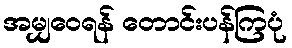
အမျှဝေရန် တောင်းပန်ကြပုံ